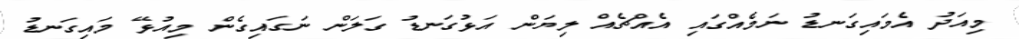
މިއަދު އެމައިގަނޑު ނަމެއްގައި އެއްޗެއް ލިޔަން އަޅުގަނޑު ގަލަން ނަގައިގެން މިއުޅޭ މައިގަނޑު